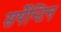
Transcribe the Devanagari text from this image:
सर्पेन्टिन